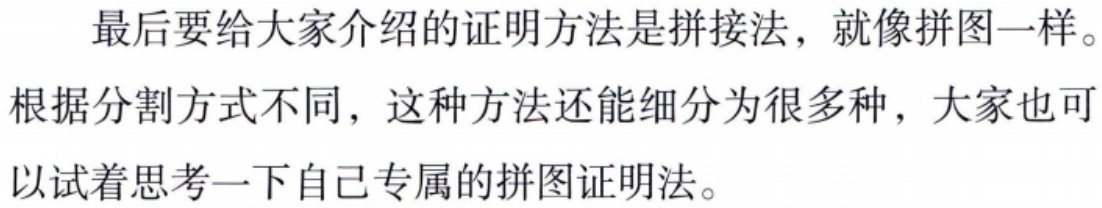
最后要给大家介绍的证明方法是拼接法，就像拼图一样。根据分割方式不同，这种方法还能细分为很多种，大家也可以试着思考一下自己专属的拼图证明法。